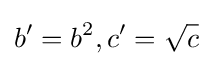
b'=b^{2},c'={\sqrt {c}}